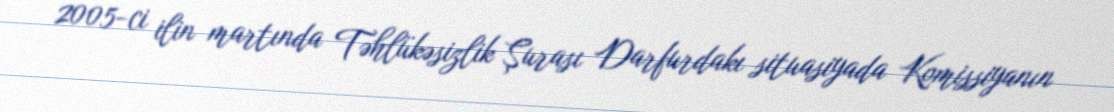
2005-ci ilin martında Təhlükəsizlik Şurası Darfurdakı situasiyada Komissiyanın